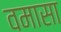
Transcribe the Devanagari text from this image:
वमासा